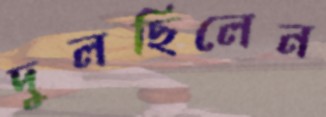
দুলছিলেন